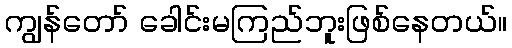
ကျွန်တော် ခေါင်းမကြည်ဘူးဖြစ်နေတယ်။